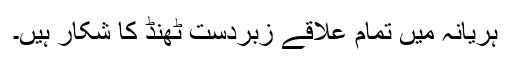
ہریانہ میں تمام علاقے زبردست ٹھنڈ کا شکار ہیں۔